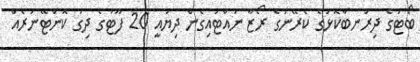
ބޯޓުގެ ދިރުނބާކޮޅުގެ ކެރޭނުގެ ރޯޒާ ނައްޓައިގެން ދިޔައީ 20 ފޫޓުގެ ދިގު ކޮންޓޭނަރެއް